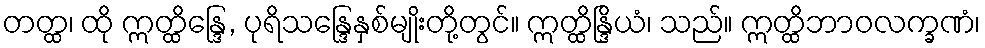
တတ္ထ၊ ထို ဣတ္ထိန္ဒြေ, ပုရိသန္ဒြေနှစ်မျိုးတို့တွင်။ ဣတ္ထိန္ဒြိယံ၊ သည်။ ဣတ္ထိဘာဝလက္ခဏံ၊